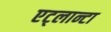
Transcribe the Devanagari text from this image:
एट्लान्टा